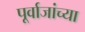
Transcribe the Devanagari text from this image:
पूर्वाजांच्या